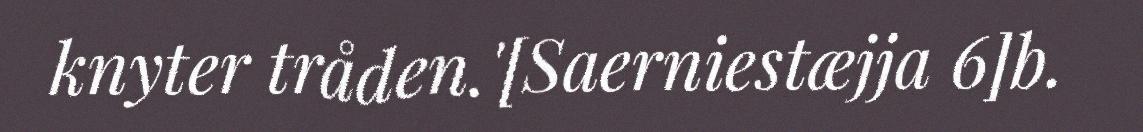
knyter tråden.'[Saerniestæjja 6]b.